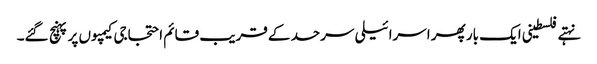
نہتے فلسطینی ایک بار پھر اسرائیلی سرحد کے قریب قائم احتجاجی کیمپوں پر پہنچ گئے۔